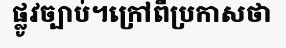
ផ្លូវច្បាប់។ក្រៅពីប្រកាសថា